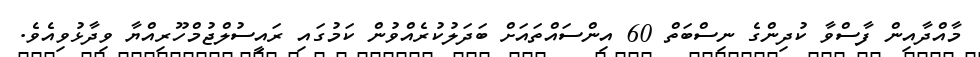
މާއްދާއިން ފާސްވާ ކުދިންގެ ނިސްބަތް 60 އިންސައްތައަށް ބަދަލުކުރެއްވުން ކަމުގައި ރައީސުލްޖުމްހޫރިއްޔާ ވިދާޅުވިއެވެ.